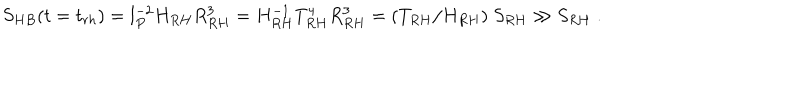
S _ { H B } ( t = t _ { r h } ) = l _ { P } ^ { - 2 } H _ { R H } R _ { R H } ^ { 3 } = H _ { R H } ^ { - 1 } T _ { R H } ^ { 4 } R _ { R H } ^ { 3 } = ( T _ { R H } / H _ { R H } ) ~ S _ { R H } \gg S _ { R H } \; .